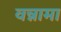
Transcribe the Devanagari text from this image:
वन्नामा